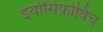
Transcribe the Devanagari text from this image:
इयोसिफ़ोविच